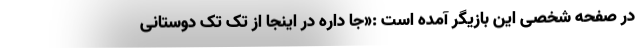
در صفحه شخصی این بازیگر آمده است :«جا داره در اینجا از تک تک دوستانی